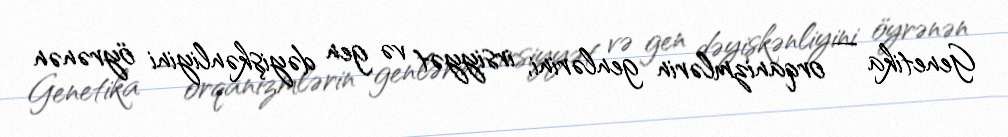
Genetika — orqanizmlərin genlərini, irsiyyət və gen dəyişkənliyini öyrənən